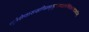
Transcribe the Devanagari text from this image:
भूतेशेष्वासखण्डिन्भृगुवरमदहृन्मैथिलानन्दकारिन्